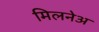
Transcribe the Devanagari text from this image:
मिलनेअ